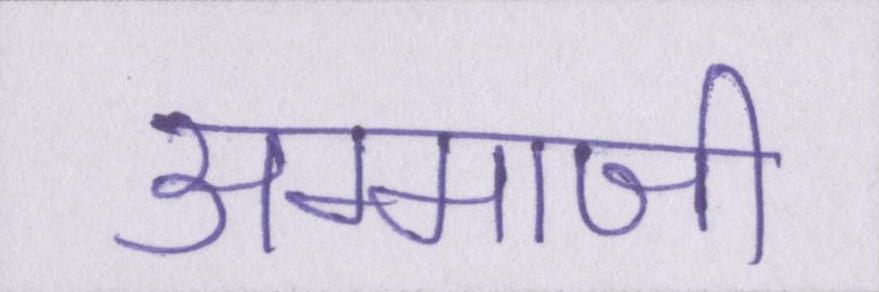
अम्माजी